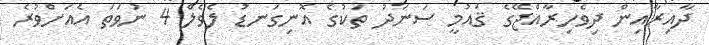
ދާއިރާއިން ދިވެހިރާއްޖޭގެ ޤައުމީ ސަނަދު ތަކުގެ އޮނިގަނޑު ލެވެލް 4 ނުވަތަ އެއަށްވުރެ